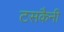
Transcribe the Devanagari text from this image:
टसकैनी